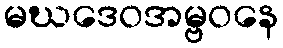
မဃဒေဝအမ္ဗဝနေ